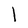
Character: l